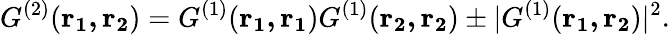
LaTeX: G^{(2)}(\mathbf{r_{1},r_{2}})={G^{(1)}}(\mathbf{r_{1},r_{1}}){G^{(1)}}(\mathbf{r_{2},r_{2}})\pm|{G^{(1)}}(\mathbf{r_{1},r_{2}})|^{2}.